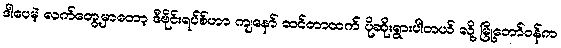
ဒါပေမဲ့ လက်တွေ့မှာတော့ ဒီဗိုင်းရပ်စ်ဟာ ကျနော် ထင်တာထက် ပိုဆိုးရွားပါတယ် လို့ မြို့တော်ဝန်က